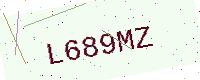
Text: L689MZ